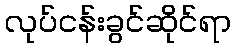
လုပ်ငန်းခွင်ဆိုင်ရာ